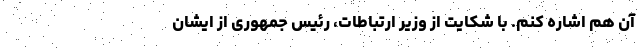
آن هم اشاره کنم. با شکایت از وزیر ارتباطات، رئیس‌ جمهوری از ایشان